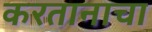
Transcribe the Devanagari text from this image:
करतानाचा